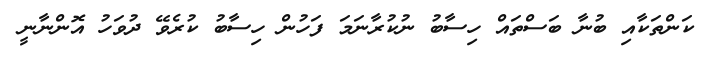
ކަންތަކާއި ބުނާ ބަސްތައް ހިސާބު ނުކުރާނަމަ ފަހުން ހިސާބު ކުރެވޭ ދުވަހު އޮންނާނީ